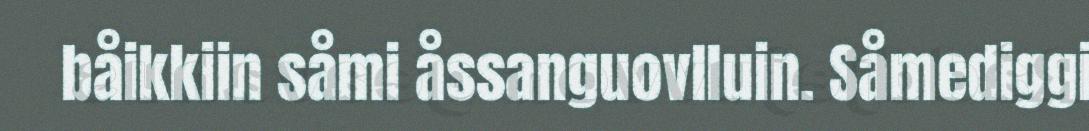
båikkiin såmi åssanguovlluin. Såmediggi